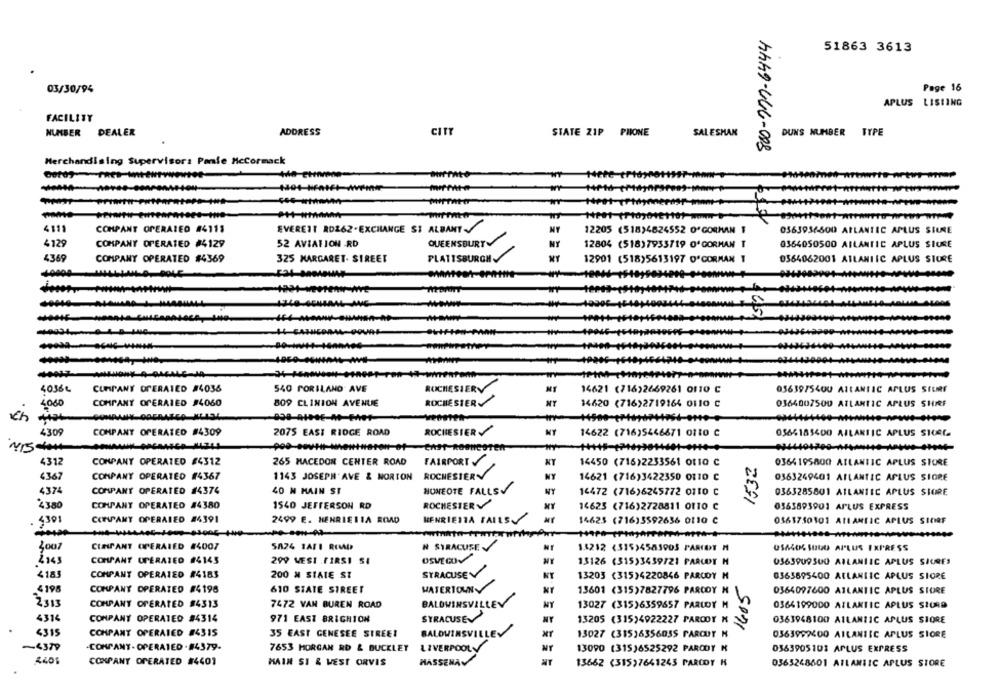
800-277-6444
51863 3613
03/30/94
Page 16
APLUS
LISTING
FACILITY
DEALER
ADDRESS
CITY
STATE ZIP PHONE
DUNS NUMBER TYPE
NUMBER
SALESMAN
Merchandising Supervisor: Panie Mccormack
4119
COMPANT OPERATED #4115
EVERETT RD262-EXCHANGE ST ALBANT-
NY
12205 (518)4824552 O'GORMAN
0563936500 ATLANTIC APLUS SILRE
4129
COMPANY OPERATED #4129
52 AVIATION RD
QUEENSBURY
NY
12804 (518)7933719 O'GORMAN T
0364050500 ATLANTIC APLUS STORE
4369
COMPANY OPERATED #4369
325 MARGARET. STREET
PLATTSBURGH
MY
0364062001 ATLANTIC APLUS STORE
12901 (518)5613197 O'GORMAN
-
ANE
-
405
-
40366
CUMPANY OPERATED #4036
540 PORILAND AVE
ROCHESIERV
14621 (716)2669261 0110 C
03639754OU ATLANTIC APLUS STURE
4060
COMPANY OPERATED #4060
809 CLINION AVENUE
ROCHESTER
14620 (716)2719164 0110 C
0364007500 ATLANTIC APLUS SHRF
4309
COMPANY OPERATED #4309
2075 EAST RIDGE ROAD
ROCHESTER
14622 (716)5446671 0110 C
0564185400 AILANTIC APLUS SICRC-
4312
COMPANY OPERATED #4312
265 MACEDON CENTER ROAD
FAIRPORT
KY
14450 (716)2233561 0110 C
0364195800 ATLANTIC APLUS STORE
4367
COMPANY OPERATED #4367
1143 JOSEPH'AVE & NORTON
ROCHESTERY
NY
14621 (716)3422350 0110 C
0363249401 ATLANTIC APLUS SIORE
4374
COMPANY OPERATED #4374
4O N MAIN ST
HUNEOTE FALLS
NY
16472 (716)6245772 0110 C
0363285801 ATLANTIC APLUS SIORE
2380
COMPANY OPERATED #4380
1540 JEFFERSON RD
ROCHESTER
MY
14623 (716)2728811 0110 C
0563893901 APLUS EXPRESS
4301
CETAPANT OPERATED #4391
2499 E. MENRIETIA ROAD
HENRIETTA FAILS
14625 (716)3592636 0110 C
0563750101 ATLANTIC APLUS SIDRF
- 2
3007
CUMPANT OPERAIED #4007
5A24 1ATI REMD
N STRACUTE
1.4212 <315)4583903 PARCOY M
USA406 SOUD APLUS EXPRESS
COMPANY OPERATED #4145
299 WEST .FIRSI SI
OSWEGOV
13126 (315)3439721 PARCOY H
0363909500 AILANIIC APLUS SIURES
4183
COMPANY OPERATED #4183
200 X SIATE ST
SYRACUSE
NY
13203 (315)4220846 PARCOY H
0363895400 ATLANTIC APLUS SIORE
14.05
4198
COMPANY OPERATED #4198
610 STATE STREET
WATERTOWNY
13601 (315)7827796 PARCOY H
0364097600 ATLANTIC APLUS STORE
2313
COMPANY OPERATED #4313
7472 VAN BUREN ROAD
BALDWINSVILLEY
MY
13027 (315)6359657 PARUDY M
0364199000 ATLANTIC APLUS SIURD
4314
COMPANY OPERATED #4314
971 EAST BRIGHTON
SYRACUSE
NY
13205 (315)4922227 PARODY N
0363948100 ATLANTIC APLUS STORE
4315
CONPANT OPERATED #4515
35 EAST GENESEE STREET
BALDWINSVILLEV
13027 (315)6356035 FAROUT H
0363992400 AILANIEC APLUS SIORE
-4379
-COMPANY- OPERATED . #4379-
LIVERPOOL
7653 MORGAN RD & BUCKLEY
13090 (315)6525292 PARODY M
0363905102 APLUS EXPRESS
HASSENAV
COMPANY OPERATED #4401
MAIN SI & WEST ORVIS
13662 (31527641243 PARCOY H
0363248601 ATLANTIC APLUS STORE